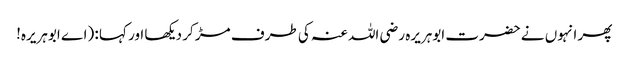
پھر انہوں نے حضرت ابوہریرہ رضی اللہ عنہ کی طرف مڑ کر دیکھا اور کہا : (اے ابوہریرہ!